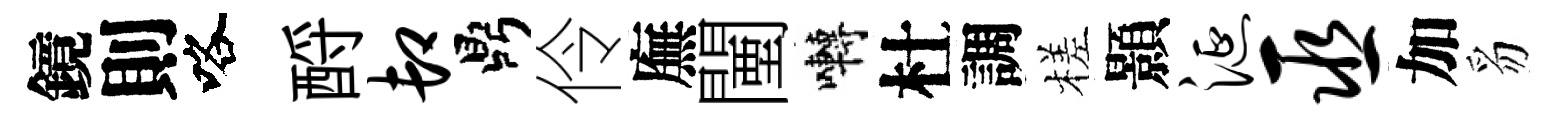
鏡則咯酹卸鼎伶廡闉囀杜調槎顥涎巫加豸